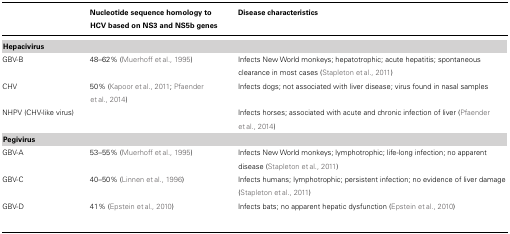
<table><thead><tr><td></td><td><b>Nucleotide sequence homology to HCV based on NS3 and NS5b genes</b></td><td><b>Disease characteristics</b></td></tr></thead><tbody><tr><td><b>Hepacivirus</b></td></tr><tr><td>GBV-B</td><td>48–62% (Muerhoff et al., 1995)</td><td>Infects New World monkeys; hepatotrophic; acute hepatitis; spontaneous clearance in most cases (Stapleton et al., 2011)</td></tr><tr><td>CHV</td><td>50% (Kapoor et al., 2011; Pfaender et al., 2014)</td><td>Infects dogs; not associated with liver disease; virus found in nasal samples</td></tr><tr><td>NHPV (CHV-like virus)</td><td></td><td>Infects horses; associated with acute and chronic infection of liver (Pfaender et al., 2014)</td></tr><tr><td><b>Pegivirus</b></td></tr><tr><td>GBV-A</td><td>53–55% (Muerhoff et al., 1995)</td><td>Infects New World monkeys; lymphotrophic; life-long infection; no apparent disease (Stapleton et al., 2011)</td></tr><tr><td>GBV-C</td><td>40–50% (Linnen et al., 1996)</td><td>Infects humans; lymphotrophic; persistent infection; no evidence of liver damage (Stapleton et al., 2011)</td></tr><tr><td>GBV-D</td><td>41% (Epstein et al., 2010)</td><td>Infects bats; no apparent hepatic dysfunction (Epstein et al., 2010)</td></tr></tbody></table>